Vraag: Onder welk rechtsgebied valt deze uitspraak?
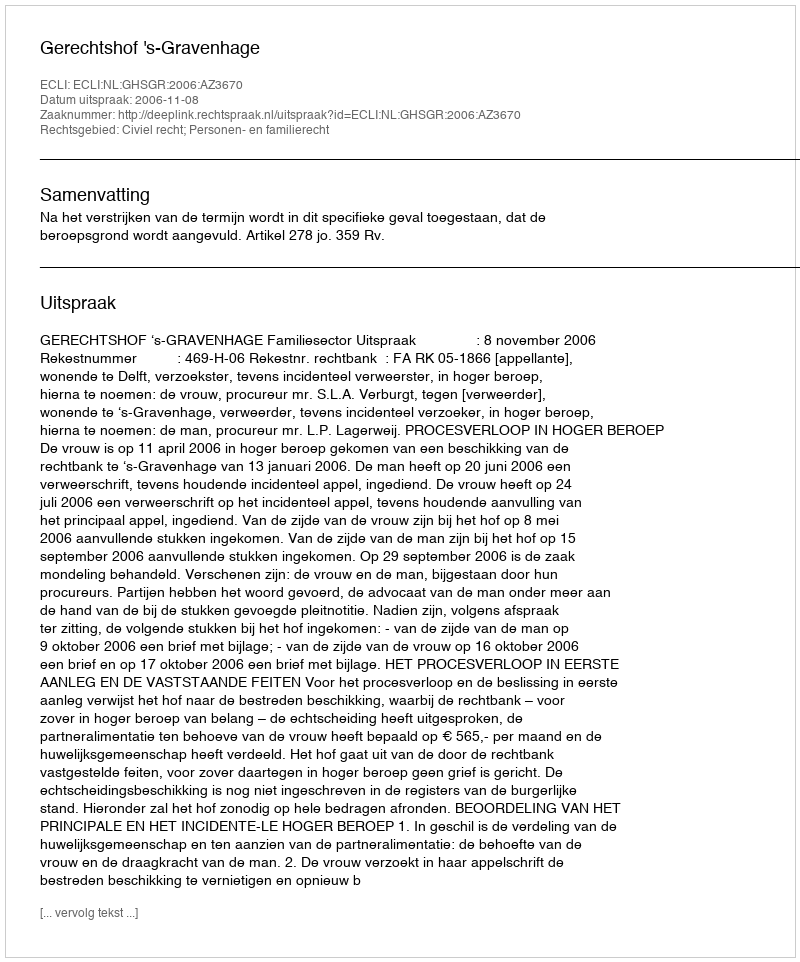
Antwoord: Civiel recht; Personen- en familierecht